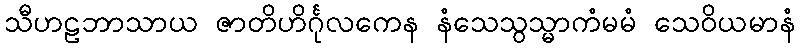
သီဟဠဘာသာယ ဇာတိဟိင်္ဂုလကေန နံသေသွသ္မာကံမမံ သေဝိယမာနံ